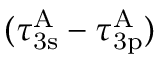
( \tau _ { \mathrm { 3 s } } ^ { \mathrm { A } } - \tau _ { \mathrm { 3 p } } ^ { \mathrm { A } } )